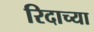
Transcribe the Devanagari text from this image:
रिदाच्या